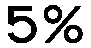
5%